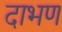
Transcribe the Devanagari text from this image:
दाभण